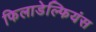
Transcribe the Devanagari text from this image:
फिलाडेल्फियंस